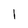
Character: l